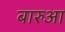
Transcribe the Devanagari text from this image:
बारुआ